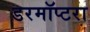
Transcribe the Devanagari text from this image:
डरमॉप्टरा